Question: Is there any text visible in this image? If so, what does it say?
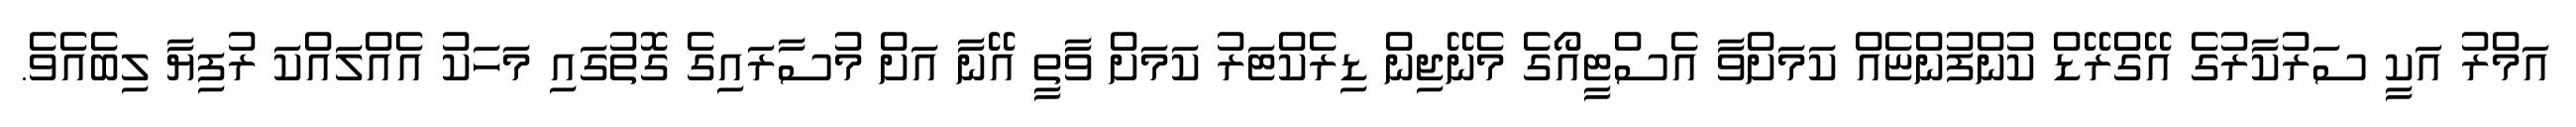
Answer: އަމްރު އަކީ ސަރުކާރުގެ އޭގްރޭޑް ކުންފުންޏެއް ކަމަށްވާ އެސްޓީއޯގެ މެނޭޖިން ޑިރެކްޓަރު ކަމަށް ވާތީ އޭނާ އަށް މުސާރައިގެ ގޮތުގައި މަހަކު އެއްލައްކަ ރުފިޔާ ލިބެއެވެ.